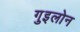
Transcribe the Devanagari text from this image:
गुइलोन